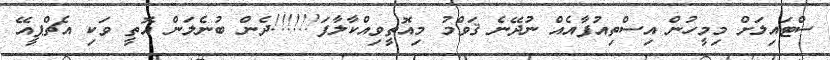
ސްޓައިލަށް މިމީހުން އިސްތިއުފާއެއް ނުދޭނެ ޤަވްމު މިއޮތީވިއްކާލާފަ!!!!!!ދެން ބުނެލަން އޮތީ ވަކި އެޗްޕީއޭ